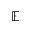
\mathbb { E }